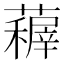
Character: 𮒤